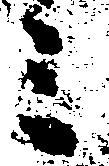
ミ